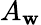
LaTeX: A_{\mathbf{w}}